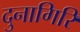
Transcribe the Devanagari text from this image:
दुनागिरि